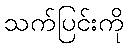
သက်ပြင်းကို